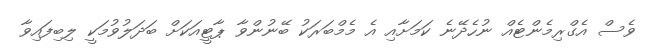
ވެސް އެގްރިމެންޓެއް ނުހެދޭނެ ކަމަށާއި އެ މެމްބަރަކު ބޭނުންވާ ޕާޓީއަކަށް ބަދަލުވުމަކީ ލިބިފައިވާ